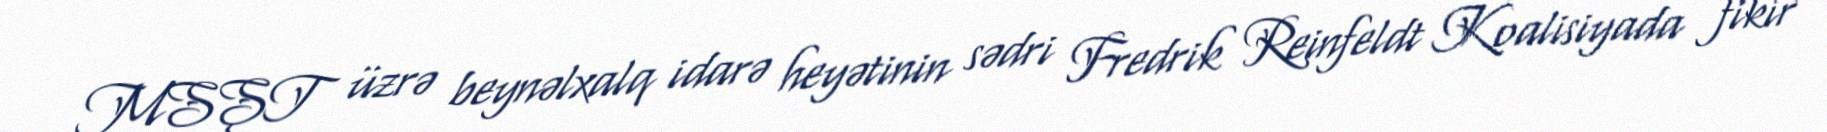
MSŞT üzrə beynəlxalq idarə heyətinin sədri Fredrik Reinfeldt Koalisiyada fikir